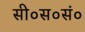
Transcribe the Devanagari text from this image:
सी०स०सं०